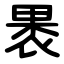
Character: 褁